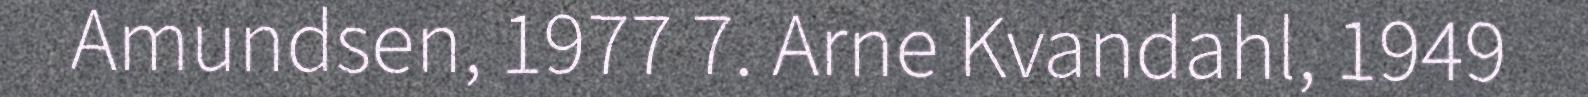
Amundsen, 1977 7. Arne Kvandahl, 1949